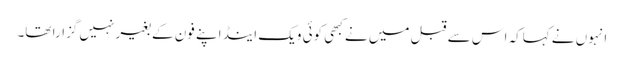
انہوں نے کہاکہ اس سے قبل میں نے کبھی کوئی ویک اینڈ اپنے فون کے بغیر نہیں گزارا تھا۔